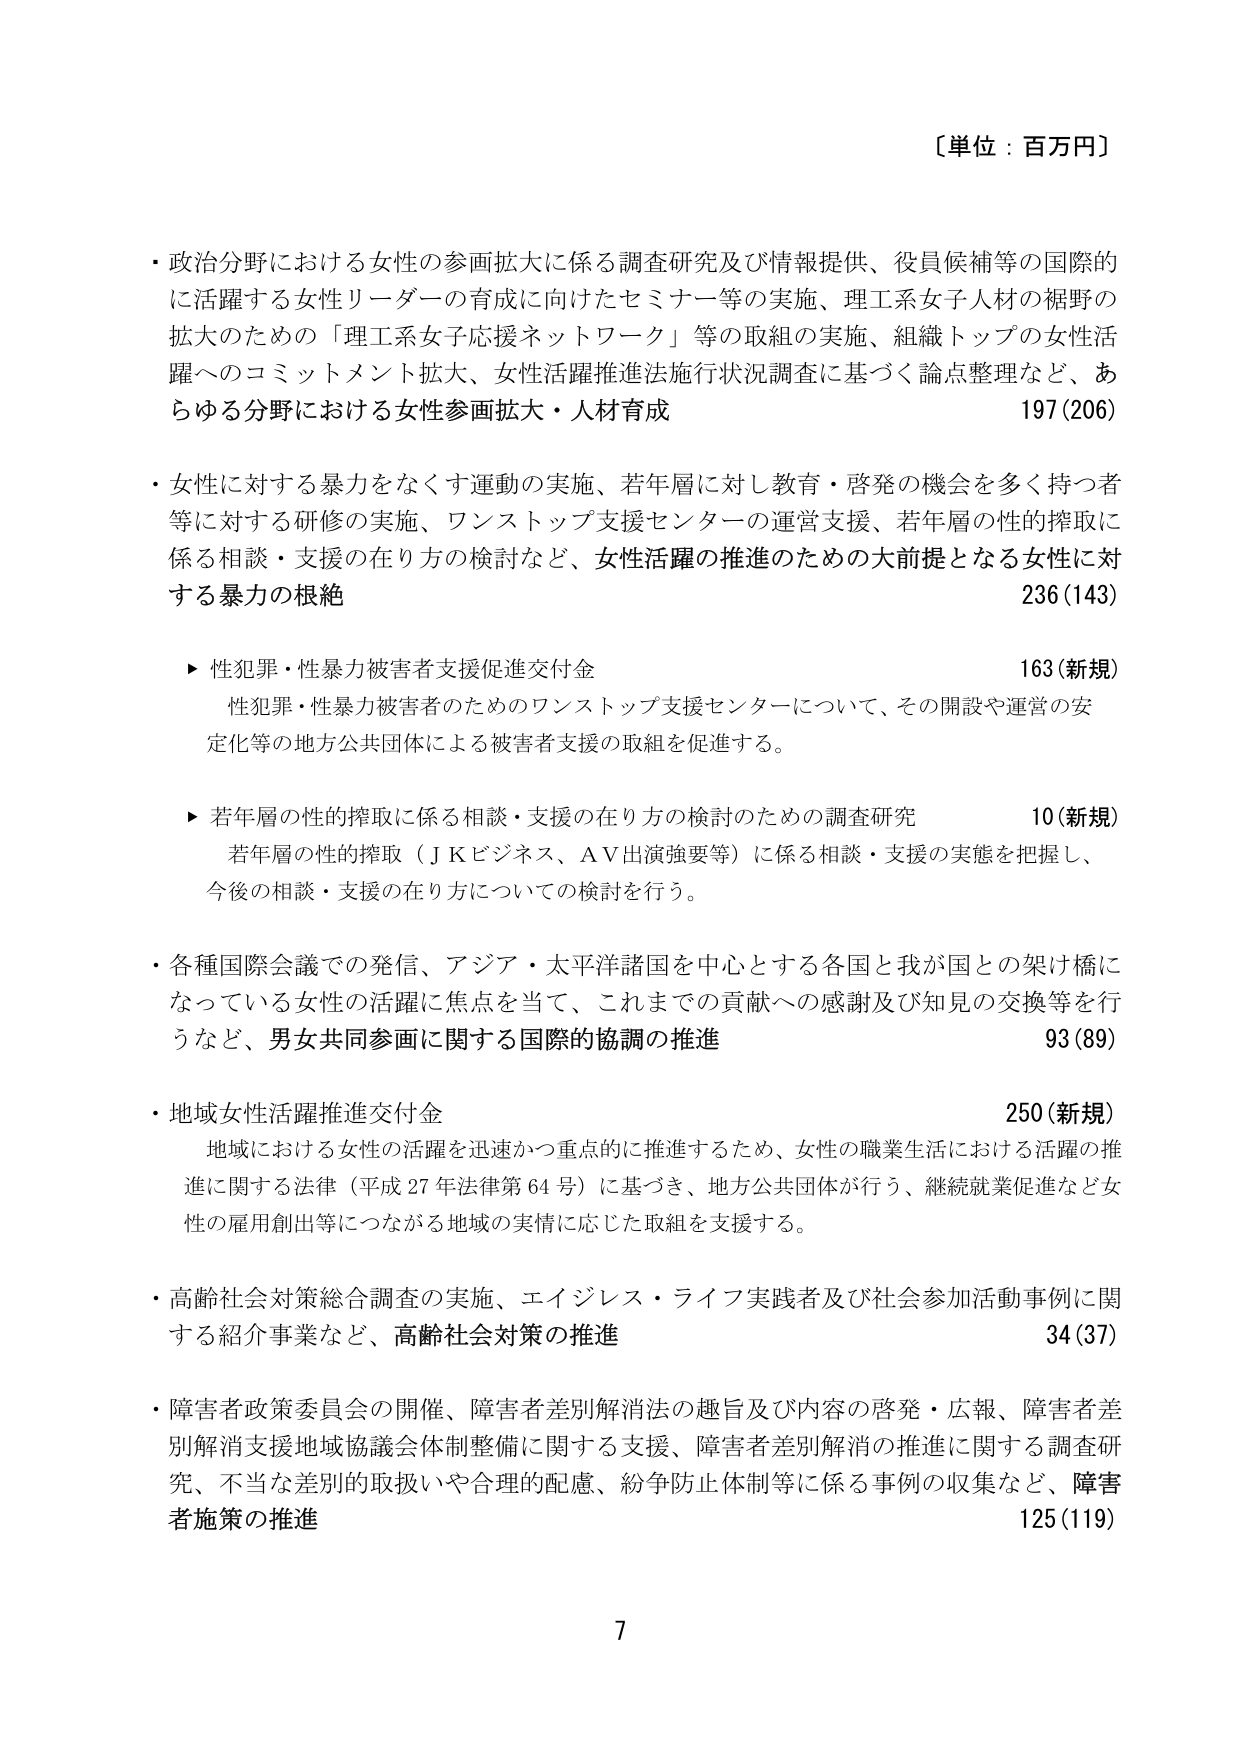
〔単位：百万円〕

・政治分野における女性の参画拡大に係る調査研究及び情報提供、役員候補等の国際的に活躍する女性リーダーの育成に向けたセミナー等の実施、理工系女子人材の裾野の拡大のための「理工系女子応援ネットワーク」等の取組の実施、組織トップの女性活躍へのコミットメント拡大、女性活躍推進法施行状況調査に基づく論点整理など、あらゆる分野における女性参画拡大・人材育成 197(206)

・女性に対する暴力をなくす運動の実施、若年層に対し教育・啓発の機会を多く持つ者等に対する研修の実施、ワンストップ支援センターの運営支援、若年層の性的搾取に係る相談・支援の在り方の検討など、女性活躍の推進のための大前提となる女性に対する暴力の根絶 236(143)

　▶ 性犯罪・性暴力被害者支援促進交付金 163(新規)
　　性犯罪・性暴力被害者のためのワンストップ支援センターについて、その開設や運営の安定化等の地方公共団体による被害者支援の取組を促進する。

　▶ 若年層の性的搾取に係る相談・支援の在り方の検討のための調査研究 10(新規)
　　若年層の性的搾取（ＪＫビジネス、ＡＶ出演強要等）に係る相談・支援の実態を把握し、今後の相談・支援の在り方についての検討を行う。

・各種国際会議での発信、アジア・太平洋諸国を中心とする各国と我が国との架け橋になっている女性の活躍に焦点を当て、これまでの貢献への感謝及び知見の交換等を行うなど、男女共同参画に関する国際的協調の推進 93(89)

・地域女性活躍推進交付金 250(新規)
　　地域における女性の活躍を迅速かつ重点的に推進するため、女性の職業生活における活躍の推進に関する法律（平成27年法律第64号）に基づき、地方公共団体が行う、継続就業促進など女性の雇用創出等につながる地域の実情に応じた取組を支援する。

・高齢社会対策総合調査の実施、エイジレス・ライフ実践者及び社会参加活動事例に関する紹介事業など、高齢社会対策の推進 34(37)

・障害者政策委員会の開催、障害者差別解消法の趣旨及び内容の啓発・広報、障害者差別解消支援地域協議会体制整備に関する支援、障害者差別解消の推進に関する調査研究、不当な差別の取扱いや合理的配慮、紛争防止体制等に係る事例の収集など、障害者施策の推進 125(119)

7